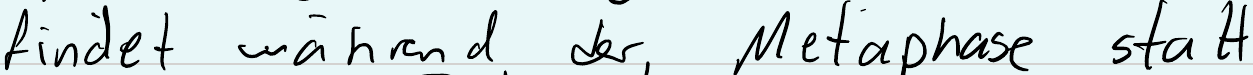
findet während der Metaphase statt